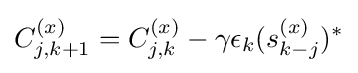
C_{j,k+1}^{(x)}=C_{j,k}^{(x)}-\gamma \epsilon _{k}(s_{k-j}^{(x)})^{*}